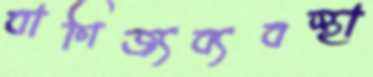
বাণিজ্যব্যবস্থা